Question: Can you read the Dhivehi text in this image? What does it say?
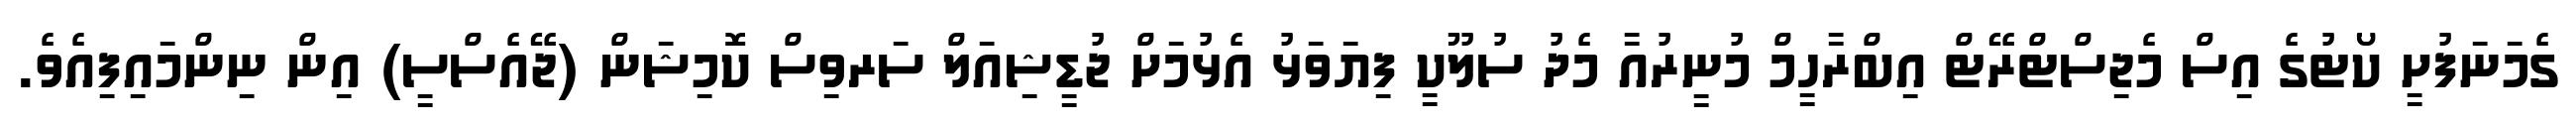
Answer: ގެމަނަފުށީ ކޯޓުގެ އިސް މެޖިސްޓްރޭޓް އިބްރާހީމް މުނީރުއާ މެދު ސުލޫކީ ފިޔަވަޅު އެޅުމަށް ޖުޑީޝިއަލް ސަރވިސް ކޮމިޝަން (ޖޭއެސްސީ) އިން ނިންމައިފިއެވެ.